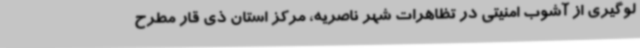
لوگیری از آشوب امنیتی در تظاهرات شهر ناصریه، مرکز استان ذی قار مطرح